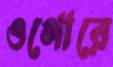
ওগোরে